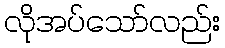
လိုအပ်သော်လည်း